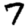
Digit: 7